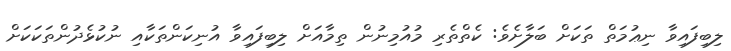
ލިބިފައިވާ ނިޢުމަތް ތަކަށް ބަލާށެވެ: ކެތްތެރި މުއުމިނުން ތިމާއަށް ލިބިފައިވާ އުނިކަންތަކާއި ނުކުޅެދުންތަކަކަށް